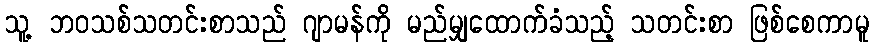
သူ့ ဘဝသစ်သတင်းစာသည် ဂျာမန်ကို မည်မျှထောက်ခံသည့် သတင်းစာ ဖြစ်စေကာမူ